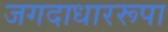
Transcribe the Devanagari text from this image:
जगदाधाररूपा